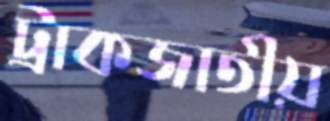
ট্রাকজাতীয়